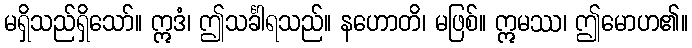
မရှိသည်ရှိသော်။ ဣဒံ၊ ဤသင်္ခါရသည်။ နဟောတိ၊ မဖြစ်။ ဣမဿ၊ ဤမောဟ၏။